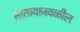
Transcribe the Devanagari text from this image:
सातार्‍याजवळील